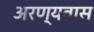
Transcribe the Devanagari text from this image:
अरण्यवास